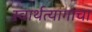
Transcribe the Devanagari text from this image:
स्वार्थत्यागाचा